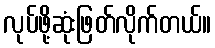
လုပ်ဖို့ဆုံးဖြတ်လိုက်တယ်။